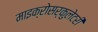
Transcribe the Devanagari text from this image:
माइक्रोसर्कुलेटरी